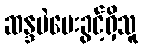
ဆန္ဒမဲပေးခွင့်ရှိသူ